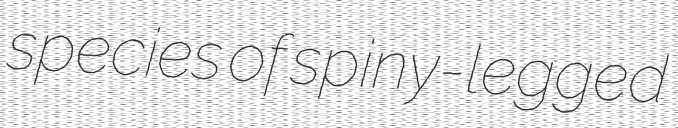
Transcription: species of spiny-legged